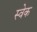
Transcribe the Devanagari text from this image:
स्वेक